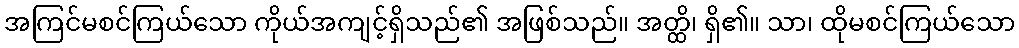
အကြင်မစင်ကြယ်သော ကိုယ်အကျင့်ရှိသည်၏ အဖြစ်သည်။ အတ္ထိ၊ ရှိ၏။ သာ၊ ထိုမစင်ကြယ်သော